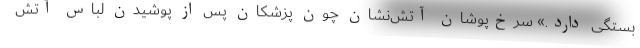
بستگی دارد.» سرخ‌پوشان آتش‌نشان چون پزشکان پس از پوشیدن لباس آتش‌